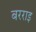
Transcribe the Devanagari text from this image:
बरराइ